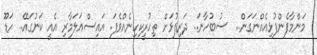
މަންމާފެންފުޅިއެއްނަގަން..  ސުބުހާނަ.. ދަރިފުޅަށް ތިހުރީކިހިނެއްވެފަ. އައިސްއަލަމާރި އެއީ ކަނުގައޭ.. ހަޑޫ